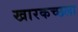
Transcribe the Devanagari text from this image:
खारकच्छला